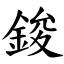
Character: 鋑